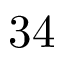
3 4